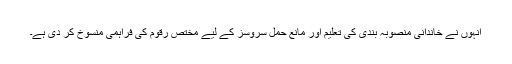
انہوں نے خاندانی منصوبہ بندی کی تعلیم اور مانع حمل سروسز کے لیے مختص رقوم کی فراہمی منسوخ کر دی ہے۔